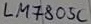
Text: LM7805C